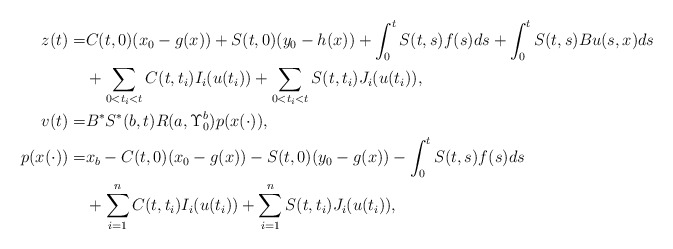
\begin{align*}z(t)=&C(t,0)(x_0-g(x))+S(t,0)(y_0-h(x))+\int_0^t S(t,s)f(s)ds+\int_0^t S(t,s)Bu(s,x)ds\\&+\sum_{0<t_i<t} C(t,t_i)I_i(u(t_i))+\sum_{0<t_i<t} S(t,t_i)J_i(u(t_i)),\\v(t)=&B^*S^*(b,t)R(a,\Upsilon_0^b)p(x(\cdot)),\\p(x(\cdot))=&x_b-C(t,0)(x_0-g(x))-S(t,0)(y_0-g(x))-\int_0^t S(t,s)f(s)ds\\&+\sum_{i=1}^n C(t,t_i)I_i(u(t_i))+\sum_{i=1}^n S(t,t_i)J_i(u(t_i)),\end{align*}